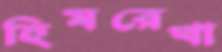
হিমরেখা